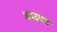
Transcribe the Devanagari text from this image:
आदवन